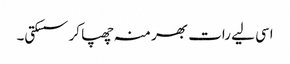
اسی لیے رات بھر منہ چھپا کر سسکتی۔